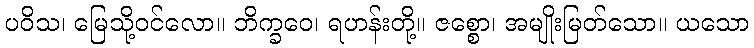
ပဝိသ၊ မြေသို့ဝင်လော။ ဘိက္ခဝေ၊ ရဟန်းတို့။ ဇစ္စော၊ အမျိုးမြတ်သော။ ယသော